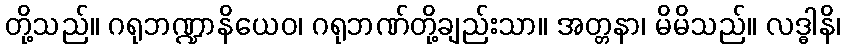
တို့သည်။ ဂရုဘဏ္ဍာနိယေဝ၊ ဂရုဘဏ်တို့ချည်းသာ။ အတ္တနာ၊ မိမိသည်။ လဒ္ဓါနိ၊